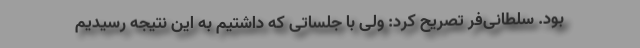
بود. سلطانی‌فر تصریح کرد: ولی با جلساتی که داشتیم به این نتیجه رسیدیم